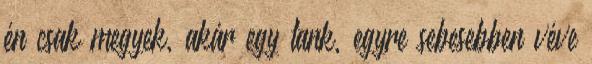
én csak megyek, akár egy tank, egyre sebesebben véve